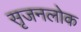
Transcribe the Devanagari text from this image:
सृजनलोक